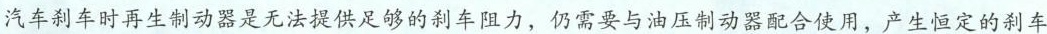
汽车刹车时再生制动器是无法提供足够的刹车阻力，仍需要与油压制动器配合使用，产生恒定的刹车